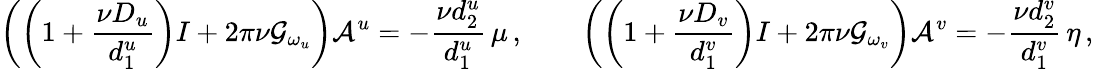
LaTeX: \left(\left(1+\frac{\nu D_{u}}{d_{1}^{u}}\right)I+2\pi\nu\mathcal{G}_{\omega_{u}}\right){\mathbf{\mathcal{A}}}^{u}=-\frac{\nu d_{2}^{u}}{d_{1}^{u}}\, {\mathbf\mu}\, ,\qquad\left(\left(1+\frac{\nu D_{v}}{d_{1}^{v}}\right)I+2\pi\nu\mathcal{G}_{\omega_{v}}\right){\mathbf{\mathcal{A}}}^{v}=-\frac{\nu d_{2}^{v}}{d_{1}^{v}}\, {\mathbf\eta}\, ,